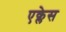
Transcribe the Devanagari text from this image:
एक्लेस